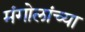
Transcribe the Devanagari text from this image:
मंगोलांच्या